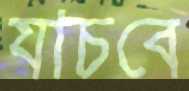
যাচবে